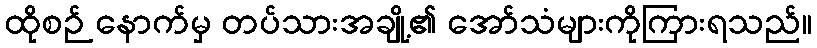
ထိုစဉ် နောက်မှ တပ်သားအချို့၏ အော်သံများကိုကြားရသည်။